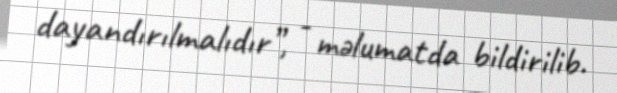
dayandırılmalıdır”, - məlumatda bildirilib.